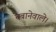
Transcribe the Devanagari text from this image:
चबानेवाले।